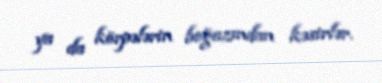
ya da körpələrin boğazından kəsirlər.